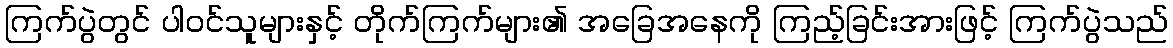
ကြက်ပွဲတွင် ပါဝင်သူများနှင့် တိုက်ကြက်များ၏ အခြေအနေကို ကြည့်ခြင်းအားဖြင့် ကြက်ပွဲသည်